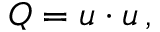
Q = u \cdot u \, ,